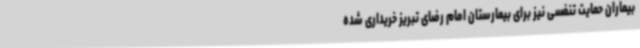
بیماران حمایت تنفسی نیز برای بیمارستان امام رضای تبریز خریداری شده